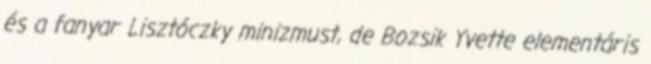
és a fanyar Lisztóczky minizmust, de Bozsik Yvette elementáris